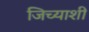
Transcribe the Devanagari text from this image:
जिच्याशी